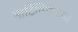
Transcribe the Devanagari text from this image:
मार्टिनिकच्या